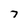
Character: 7